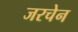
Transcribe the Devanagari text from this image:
जरचेन